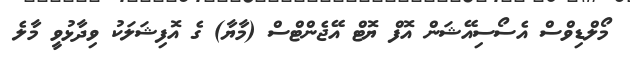
މޯލްޑިވްސް އެސޯސިއޭޝަން އޮފް ޔޮޓް އޭޖެންޓްސް (މާޔާ) ގެ އޮފިޝަލަކު ވިދާޅުވީ މާލެ